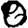
Digit: 0